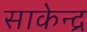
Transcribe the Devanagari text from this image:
साकेन्द्र